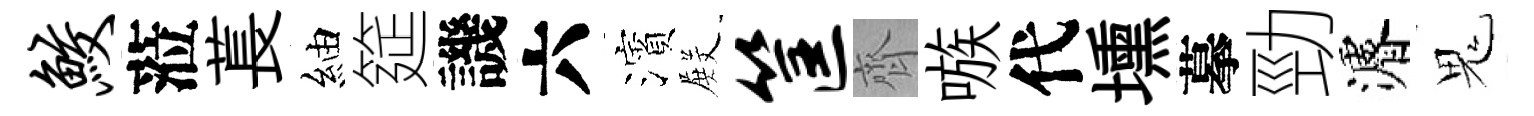
鲛蒞萇紬筵譏六濱𭮺筐齊嗾代壎摹勁濬鬼